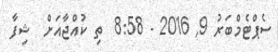
ސެޕްޓެމްބަރު 9